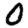
Digit: 0